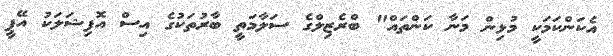
އެކަންކަމަކީ މުޅިން މަނާ ކަންތައް" ބްރެޒިލްގެ ސަލާމަތީ ބާރުތަކުގެ އިސް އޮފިޝަލަކު އޭޕީ